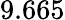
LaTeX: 9.665